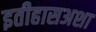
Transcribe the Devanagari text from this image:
इतीहासअशा